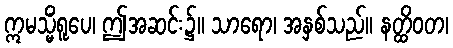
ဣမသ္မိံရူပေ၊ ဤအဆင်း၌။ သာရော၊ အနှစ်သည်။ နတ္ထိဝတ၊